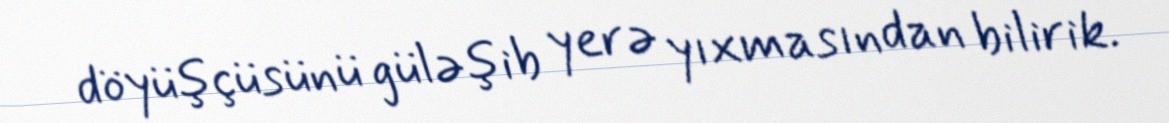
döyüşçüsünü güləşib yerə yıxmasından bilirik.